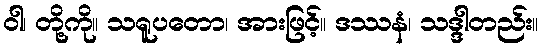
ဝါ၊ တို့ကို။ သရူပတော၊ အားဖြင့်။ ဒဿနံ၊ သဒ္ဒါတည်း။